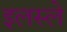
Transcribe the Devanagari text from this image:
इलस्ले